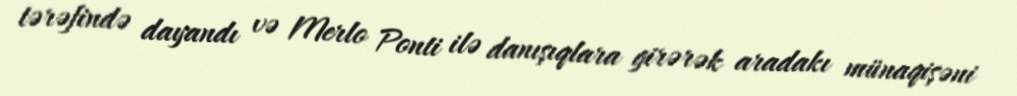
tərəfində dayandı və Merlo Ponti ilə danışıqlara girərək aradakı münaqişəni